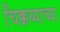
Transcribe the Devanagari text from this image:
चिक्कय्याच्या